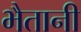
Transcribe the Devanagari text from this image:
भैतानी